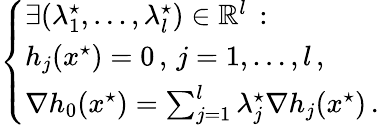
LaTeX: \left\{ \begin{array}{ll}{\exists(\lambda_{1}^{\star},\dots,\lambda_{l}^{\star})\in{\mathbb R}^{l}\, :}\\ {h_{j}(x^{\star})=0\, ,\, j=1,\dots,l\, ,}\\ {\nabla h_{0}(x^{\star})=\sum_{j=1}^{l}\lambda_{j}^{\star}\nabla h_{j}(x^{\star})\, .}\end{array}\right.